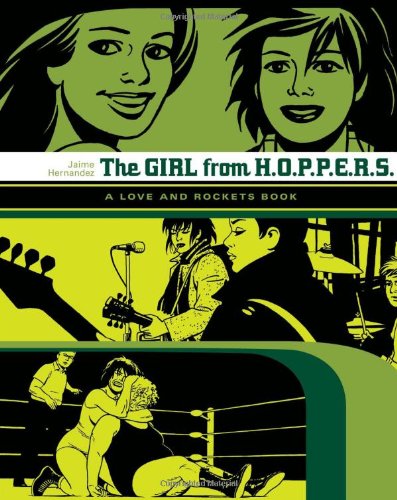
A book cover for The Girl from HOPPERS (Love & Rockets) (v. 2); Jaime Hernandez; Comics & Graphic Novels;